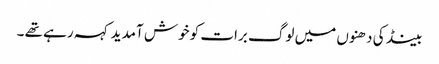
بینڈ کی دھنوں میں لوگ برات کو خوش آمدید کہہ رہے تھے ۔